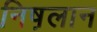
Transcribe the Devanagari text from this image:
निष़लान